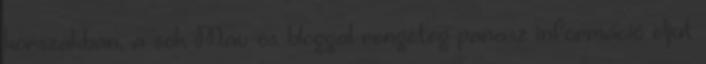
korszakban, a sok Mav-os bloggal rengeteg panasz információ eljut